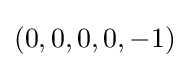
(0,0,0,0,-1)